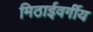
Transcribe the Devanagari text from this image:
मिठाईवर्गीय